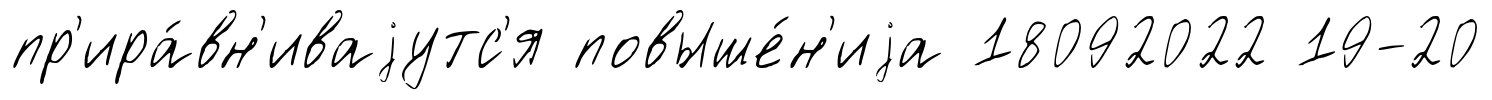
пр'ира́вн'иваjутс'я повыше́н'иjа 18092022 19-20